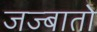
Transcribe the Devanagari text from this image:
जज्बातो